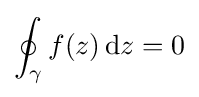
\oint _{\gamma }f(z)\,\mathrm {d} z=0